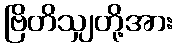
ဗြိတိသျှတို့အား